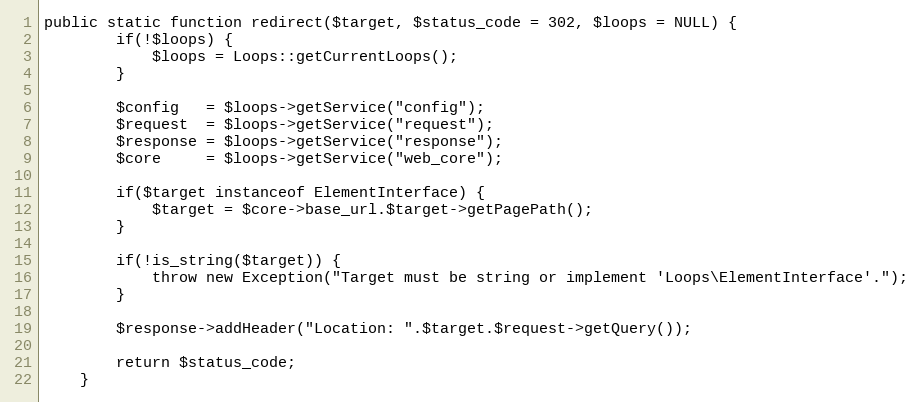
Language: PHP
public static function redirect($target, $status_code = 302, $loops = NULL) {
        if(!$loops) {
            $loops = Loops::getCurrentLoops();
        }

        $config   = $loops->getService("config");
        $request  = $loops->getService("request");
        $response = $loops->getService("response");
        $core     = $loops->getService("web_core");

        if($target instanceof ElementInterface) {
            $target = $core->base_url.$target->getPagePath();
        }

        if(!is_string($target)) {
            throw new Exception("Target must be string or implement 'Loops\ElementInterface'.");
        }

        $response->addHeader("Location: ".$target.$request->getQuery());

        return $status_code;
    }